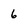
Character: 6